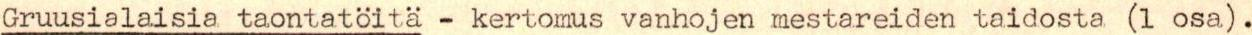
Gruusialaisia taontatöitä - kertomus vanhojen mestareiden taidosta (1 osa).